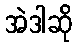
အဲဒါဆို